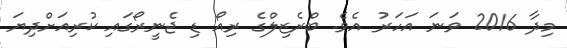
މިދާ 2016 ވަނަ އަހަރު އެވެ. ބްރެޒިލްގެ ރިއޯ ޑި ޖެނީރޯގައި ކުރިއަށްދިޔަ